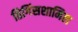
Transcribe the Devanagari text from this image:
हिगिंसशामिल